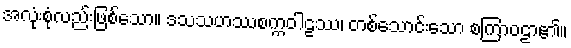
အလုံးစုံလည်းဖြစ်သော။ ဒသသဟဿစက္ကဝါဠဿ၊ တစ်သောင်းသော စကြာဝဠာ၏။